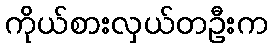
ကိုယ်စားလှယ်တဦးက